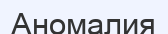
Аномалия